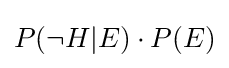
P(\neg H|E)\cdot P(E)